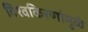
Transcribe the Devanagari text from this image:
विश्वकिरणांमुळे